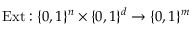
{ \mathrm { E x t } } : \{ 0 , 1 \} ^ { n } \times \{ 0 , 1 \} ^ { d } \rightarrow \{ 0 , 1 \} ^ { m }